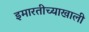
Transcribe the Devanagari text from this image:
इमारतीच्याखाली